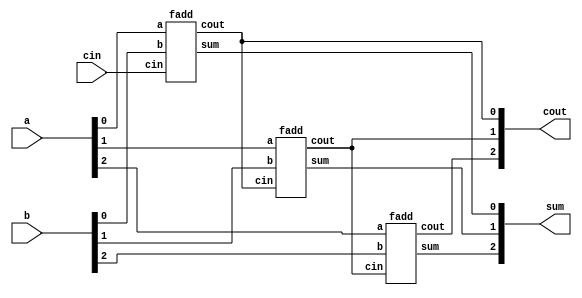
module top_module( 
    input [2:0] a, b,
    input cin,
    output [2:0] cout,
    output [2:0] sum );
    
    fadd instance0(.a(a[0]), .b(b[0]), .cin(cin), .cout(cout[0]), .sum(sum[0]));
    fadd instance1(.a(a[1]), .b(b[1]), .cin(cout[0]), .cout(cout[1]), .sum(sum[1]));
    fadd instance2(.a(a[2]), .b(b[2]), .cin(cout[1]), .cout(cout[2]), .sum(sum[2]));

endmodule

module fadd(input a, input b, input cin, output cout, output sum);
    assign sum = a ^ b ^ cin;
    assign cout = a & b | a & cin | b & cin;
endmodule